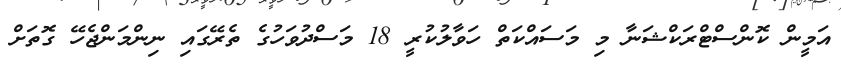
އަމީން ކޮންސްޓްރަކްޝަނާ މި މަސައްކަތް ހަވާލުކުރީ 18 މަސްދުވަހުގެ ތެރޭގައި ނިންމަންޖެހޭ ގޮތަށް